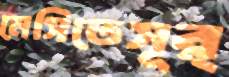
মেসিতেসূর্